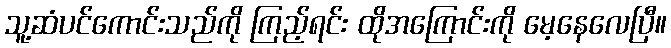
သူ့ဆံပင်ကောင်းသည်ကို ကြည့်ရင်း ထိုအကြောင်းကို မေ့နေလေပြီ။